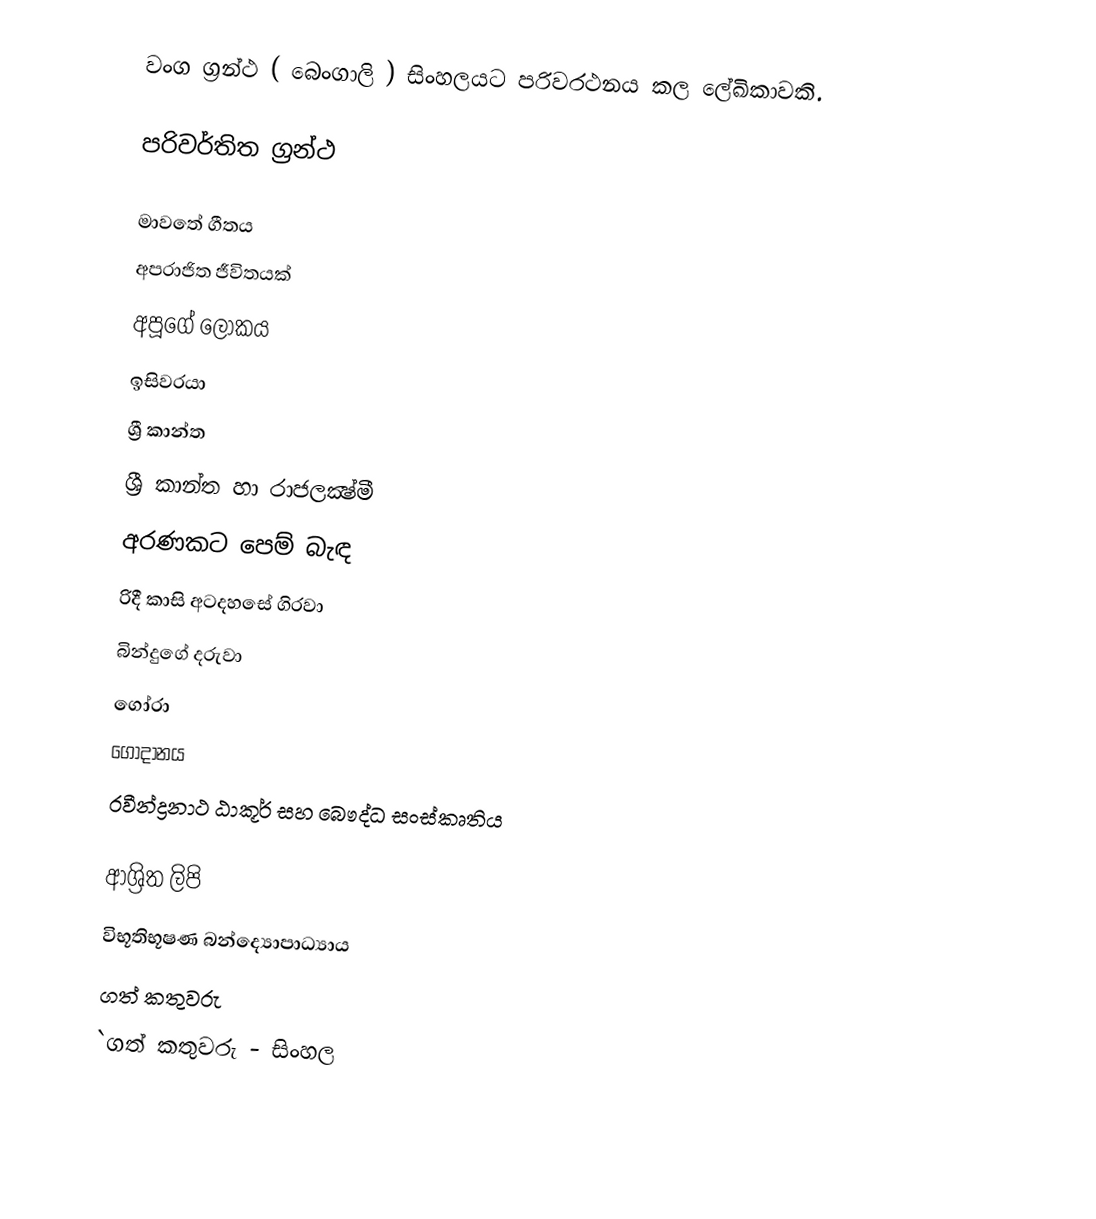
වංග ග්‍රන්ථ ( බෙංගාලි )  සිංහලයට පරිවරථනය කල ලේඛිකාවකි.

පරිවර්තිත ග්‍රන්ථ

 මාවතේ ගීතය
 අපරාජිත ජීවිතයක්
 අපූගේ ලෝකය
ඉසිවරයා
 ශ්‍රී කාන්ත
 ශ්‍රී කාන්ත හා රාජලක්‍ෂ්මී
 අරණකට පෙම් බැඳ
 රිදී කාසි අටදහසේ ගිරවා
 බින්දුගේ දරුවා
 ගෝරා
 ගෝදානය
 රවීන්ද්‍රනාථ ඨාකූර් සහ බෞද්ධ සංස්කෘතිය

ආශ්‍රිත ලිපි
 විභූතිභූෂණ බන්ද්‍යොපාධ්‍යාය
ගත් කතුවරු
`ගත් කතුවරු - සිංහල